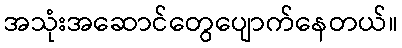
အသုံးအဆောင်တွေပျောက်နေတယ်။